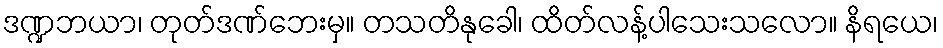
ဒဏ္ဍဘယာ၊ တုတ်ဒဏ်ဘေးမှ။ တသတိနုခေါ၊ ထိတ်လန့်ပါသေးသလော။ နိရယေ၊